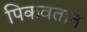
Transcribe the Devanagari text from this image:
पिकवतात